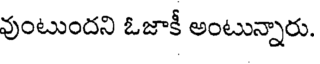
వుంటుందని ఓజాకీ అంటున్నారు.